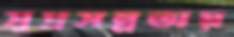
সুপ্রসন্নতায়